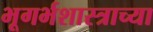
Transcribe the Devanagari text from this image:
भूगर्भशास्त्राच्या